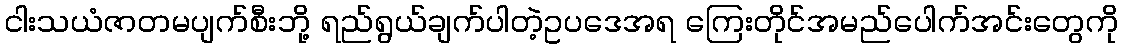
ငါးသယံဇာတမပျက်စီးဘို့ ရည်ရွယ်ချက်ပါတဲ့ဥပဒေအရ ကြေးတိုင်အမည်ပေါက်အင်းတွေကို